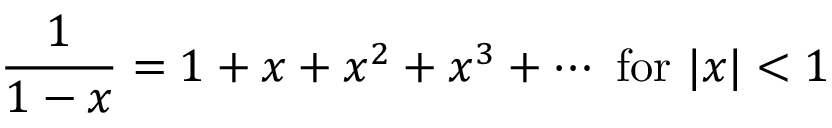
{ \frac { 1 } { 1 - x } } = 1 + x + x ^ { 2 } + x ^ { 3 } + \cdots { \mathrm { ~ f o r ~ } } | x | < 1